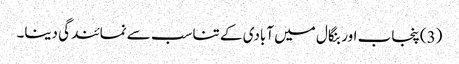
(3) پنجاب اور بنگال میں آبادی کے تناسب سے نمائندگی دینا۔